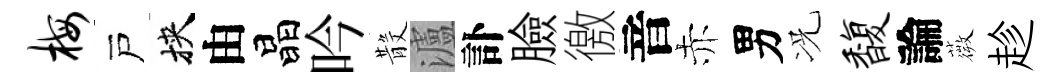
梅戸挾由晶吟𣪚瀘訃臉徼音赤男况馥論薇趁